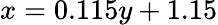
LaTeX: x=0.115y+1.15